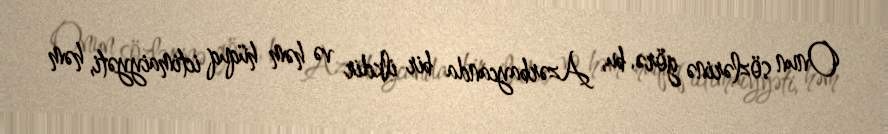
Onun sözlərinə görə, bu, Azərbaycanda bir ilkdir və həm hüquq ictimaiyyəti, həm